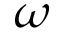
\omega